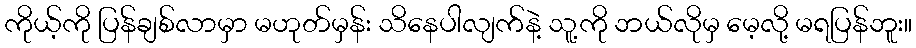
ကိုယ့်ကို ပြန်ချစ်လာမှာ မဟုတ်မှန်း သိနေပါလျက်နဲ့ သူ့ကို ဘယ်လိုမှ မေ့လို့ မရပြန်ဘူး။